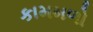
કામમળો